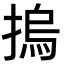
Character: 摀